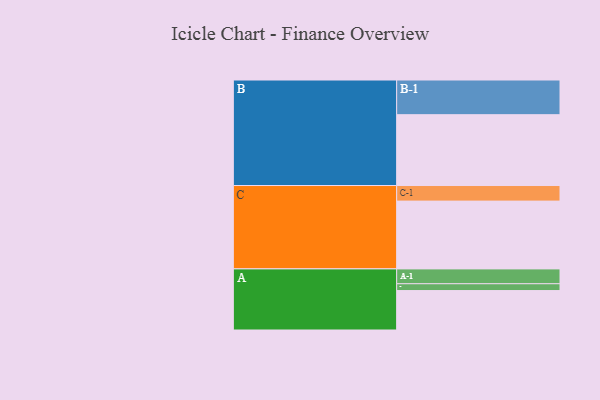
{"axis": {"x": "Segment", "y": "Value"}, "legend": ["", "A", "B", "C"], "data": [{"x": "A", "y": 324, "type": ""}, {"x": "B", "y": 582, "type": ""}, {"x": "C", "y": 557, "type": ""}, {"x": "A-1", "y": 122, "type": "A"}, {"x": "A-2", "y": 56, "type": "A"}, {"x": "B-1", "y": 285, "type": "B"}, {"x": "C-1", "y": 128, "type": "C"}]}